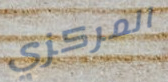
المركزي